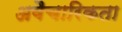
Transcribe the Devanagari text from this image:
अवैचारिकता